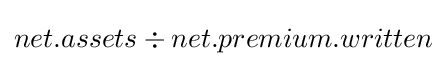
net.assets\div net.premium.written